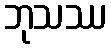
ဘုသဿ